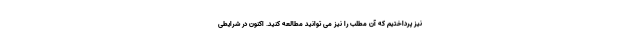
نیز پرداختیم که آن مطلب را نیز می توانید مطالعه کنید. اکنون در شرایطی